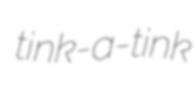
tink-a-tink